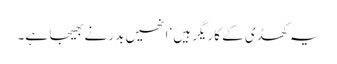
یہ کھڈی کے کاریگر ہیں‘ انھیں بدر نے بھیجا ہے۔